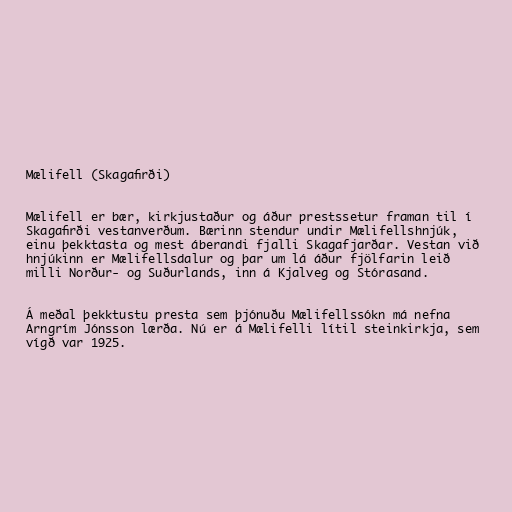
Mælifell (Skagafirði)

Mælifell er bær, kirkjustaður og áður prestssetur framan til í
Skagafirði vestanverðum. Bærinn stendur undir Mælifellshnjúk,
einu þekktasta og mest áberandi fjalli Skagafjarðar. Vestan við
hnjúkinn er Mælifellsdalur og þar um lá áður fjölfarin leið
milli Norður- og Suðurlands, inn á Kjalveg og Stórasand.

Á meðal þekktustu presta sem þjónuðu Mælifellssókn má nefna
Arngrím Jónsson lærða. Nú er á Mælifelli lítil steinkirkja, sem
vígð var 1925.